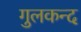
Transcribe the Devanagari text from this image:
गुलकन्द